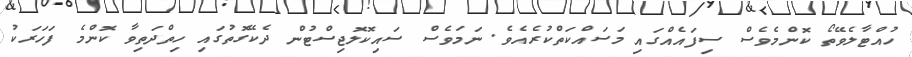
ހުއްޓާލެވޭތޯ ކޮންމެވެސް ސިފައެއްގައި މަސައްކަތްކުރެއެވެ. ނަމަވެސް ސައިކޮލޮޖިސްޓުން ދެކޭގޮތުގައި ހިތްދަތިވާ ކޮންމެ ފަހަރަކު